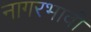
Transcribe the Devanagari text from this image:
नागरभावी